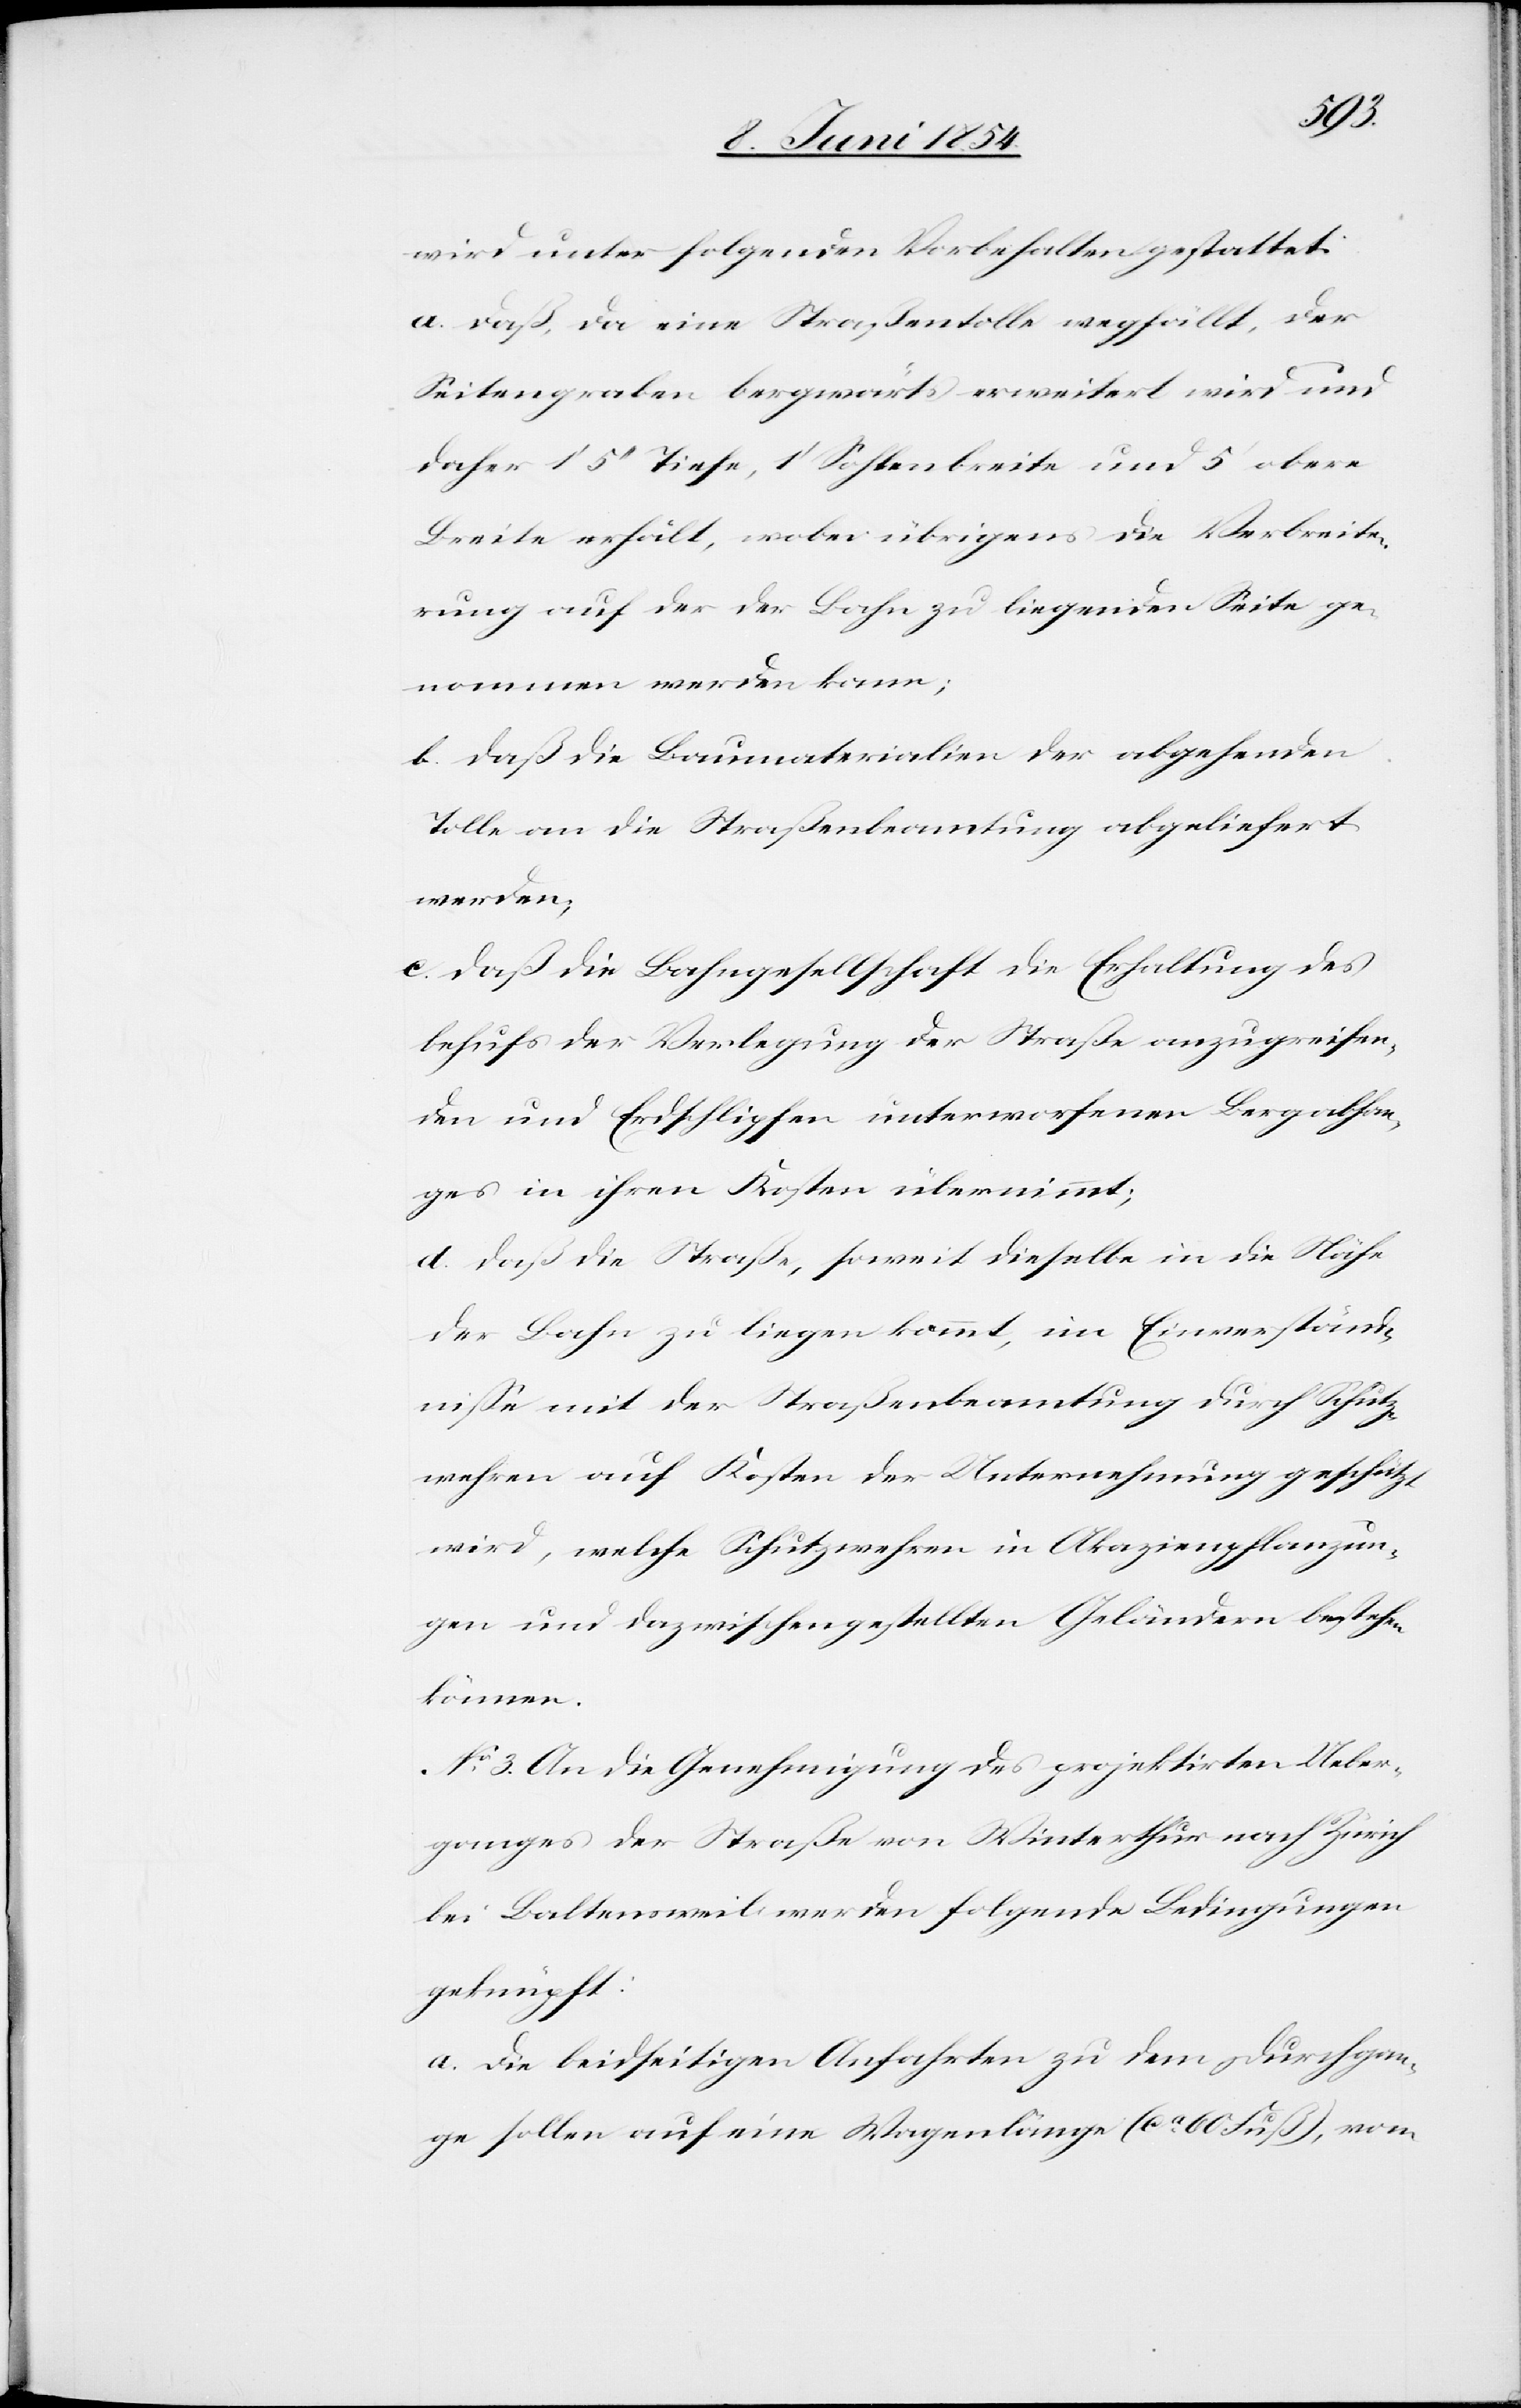
wird unter folgenden Vorbehalten gestattet:
a. daß, da eine Straßentolle wegfällt, der
Seitengraben bergwärts erweitert wird und
daher 1‘ 5‘‘ Tiefe, 1‘ Sohlenbreite und 5‘ obere
Breite erhält, wobei übrigens die Verbreite¬
rung auf der der Bahn zu liegenden Seite ge¬
nommen werden kann;
b. daß die Baumaterialien der abgehenden
Tolle an die Straßenbeamtung abgeliefert
werden;
c. daß die Bahngesellschaft die Erhaltung des
behufs der Verlegung der Straße anzugreifen¬
den und Erdschlipfen unterworfenen Bergabhan¬
ges in ihren Kosten übernimmt;
d. daß die Straße, soweit dieselbe in die Nähe
der Bahn zu liegen kommt, im Einverständ¬
niße mit der Straßenbeamtung durch Schutz¬
wehren auf Kosten der Unternehmung geschützt
wird, welche Schutzwehren in Akazienpflanzun¬
gen und dazwischengestellten Geländern bestehen
können.
No 3. An die Genehmigung des projektirten Ueber¬
ganges der Straße von Winterthur nach Zürich
bei Baltensweil werden folgende Bedingungen
geknüpft:
a. Die beidseitigen Anfahrten zu dem Durchgan¬
ge sollen auf eine Wagenlänge (ca 60 Fuß), vom